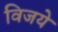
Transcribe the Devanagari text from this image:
विजये